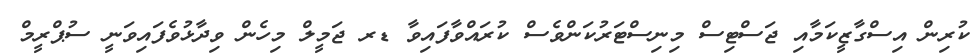
ކުރިން އިސްގާޒީކަމާއި ޖަސްޓިސް މިނިސްޓަރުކަންވެސް ކުރައްވާފައިވާ ޑރ ޖަމީލް މިހެން ވިދާޅުވެފައިވަނީ ސުޕްރީމް